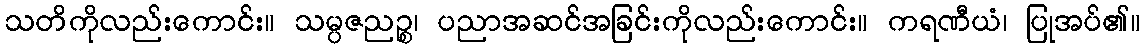
သတိကိုလည်းကောင်း။ သမ္ပဇညဉ္စ၊ ပညာအဆင်အခြင်းကိုလည်းကောင်း။ ကရဏီယံ၊ ပြုအပ်၏။